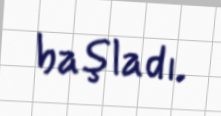
başladı.